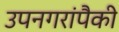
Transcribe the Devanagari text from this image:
उपनगरांपैकी